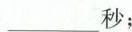
___秒；